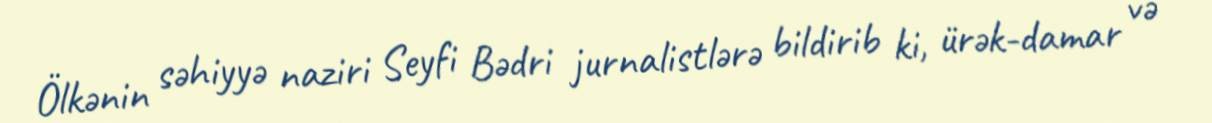
Ölkənin səhiyyə naziri Seyfi Bədri jurnalistlərə bildirib ki, ürək-damar və